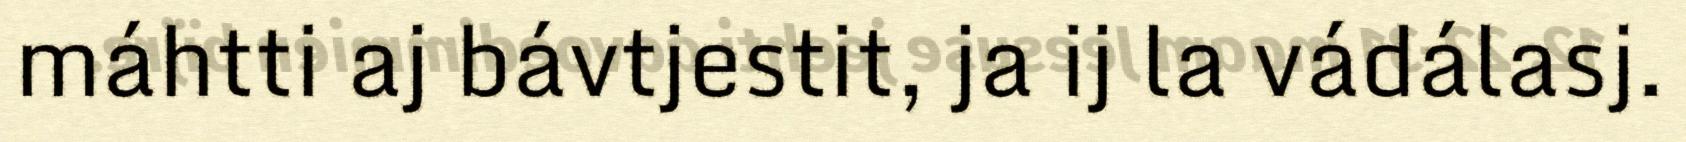
máhtti aj bávtjestit, ja ij la vádálasj.